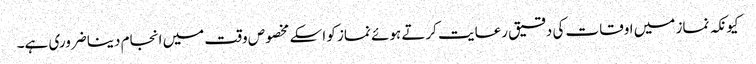
کیونکہ نماز میں اوقات کی دقیق رعایت کرتے ہوئے نماز کو اسکے مخصوص وقت میں انجام دینا ضروری ہے۔